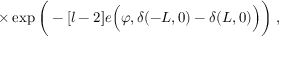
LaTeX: \times \exp \bigg ( - [ l - 2 ] e \Big ( \varphi , \delta ( - L , 0 ) - \delta ( L , 0 ) \Big ) \bigg ) \; ,